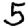
Digit: 5